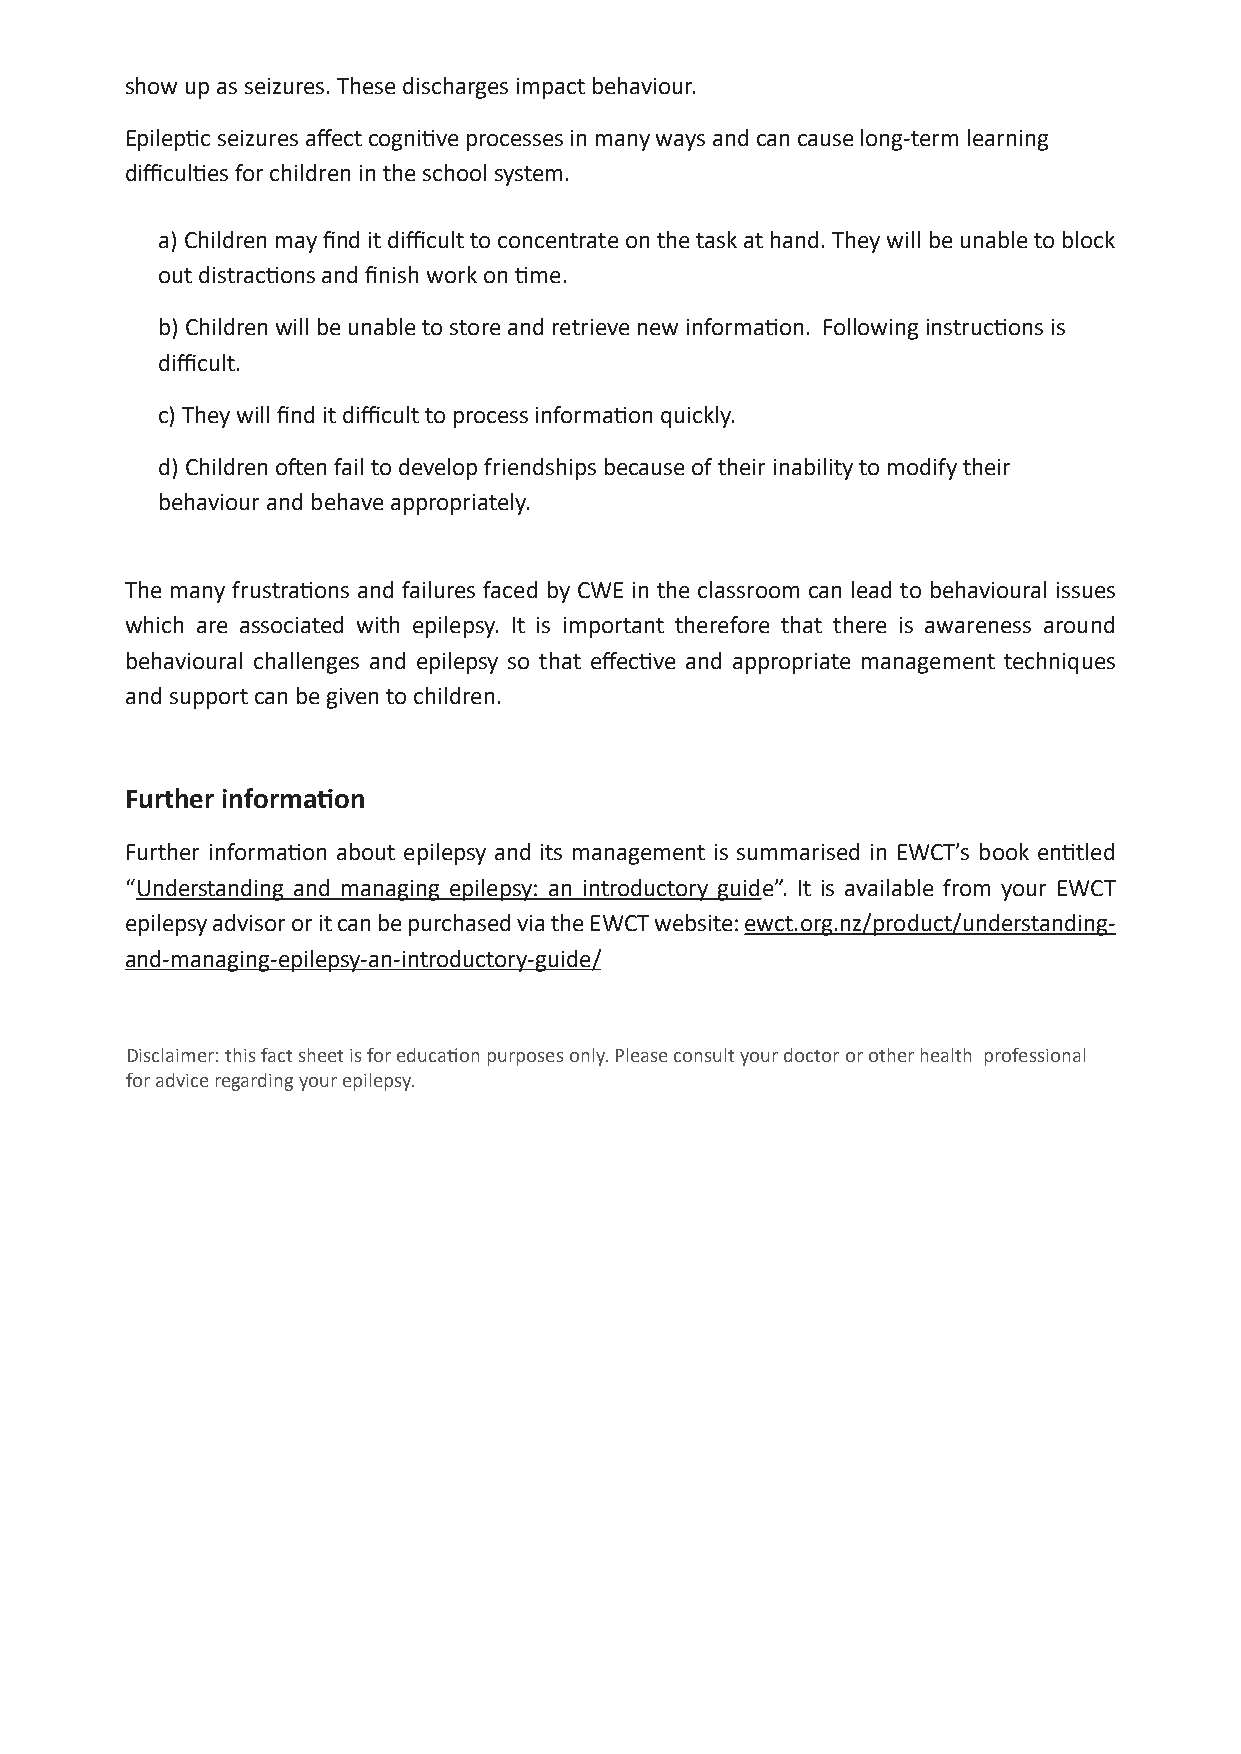
show up as seizures. These discharges impact behaviour.
 Epileptic seizures affect cognitive processes in many ways and can cause long-term learning
 difficulties for children in the school system.
 a) Children may find it difficult to concentrate on the task at hand. They will be unable to block
 out distractions and finish work on time.
 b) Children will be unable to store and retrieve new information. Following instructions is
 difficult.
 c) They will find it difficult to process information quickly.
 d) Children often fail to develop friendships because of their inability to modify their
 behaviour and behave appropriately.
 The many frustrations and failures faced by CWE in the classroom can lead to behavioural issues
 which are associated with epilepsy. It is important therefore that there is awareness around
 behavioural challenges and epilepsy so that effective and appropriate management techniques
 and support can be given to children.
 Further information
 Further information about epilepsy and its management is summarised in EWCT’s book entitled
 “Understanding and managing epilepsy: an introductory guide”. It is available from your EWCT
 epilepsy advisor or it can be purchased via the EWCT website: ewct.org.nz/product/understanding-
 and-managing-epilepsy-an-introductory-guide/
 Disclaimer: this fact sheet is for educati on purposes only. Please consult your doctor or other health professional
 for advice regarding your epilepsy.